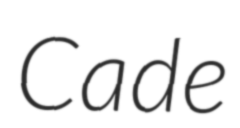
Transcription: Cade